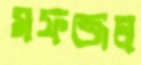
মফজল